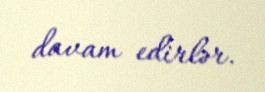
davam edirlər.